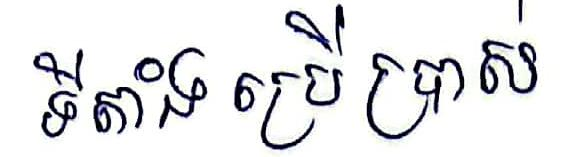
ទីតាំងប្រើប្រាស់